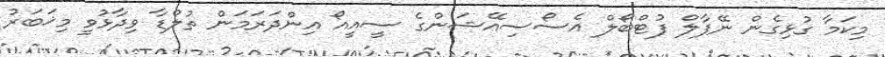
މިކަމާ ގުޅިގެން ނޭޕާލް ފުޓްބޯލް އެސޯސިއޭޝަންގެ ސީއީއޯ އިންދަރަމަން ތުލްޑާ ވިދާޅުވީ މިޚަބަރު